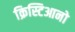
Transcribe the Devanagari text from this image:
क्रिस्टिआनो